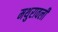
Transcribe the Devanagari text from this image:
मथुरावली